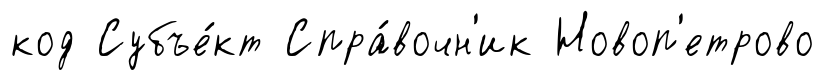
код Субъе́кт Спра́вочн'ик Новоп'етрово